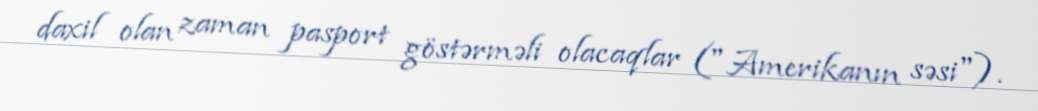
daxil olan zaman pasport göstərməli olacaqlar ("Amerikanın səsi").